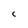
Character: c